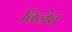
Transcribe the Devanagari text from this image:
विजेत